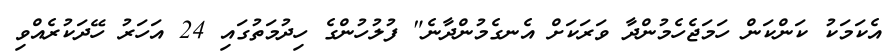
އެކަމަކު ކަންކަން ހަމަޖެހެމުންދާ ވަރަކަށް އެނގެމުންދާނެ" ފުލުހުންގެ ހިދުމަތުގައި 24 އަހަރު ހޭދަކުރެއްވި